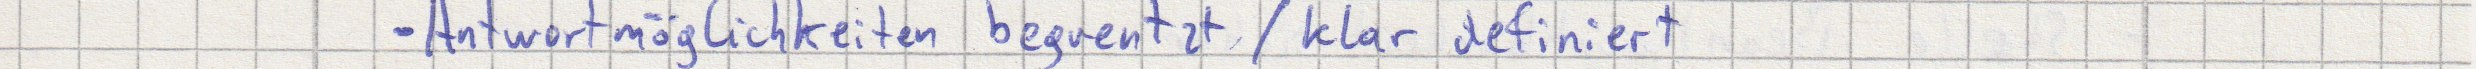
- Antwortmöglichkeiten begrentzt / klar definiert